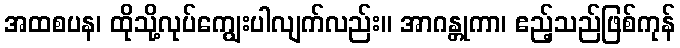
အထစပန၊ ထိုသို့လုပ်ကျွေးပါလျက်လည်း။ အာဂန္တုကာ၊ ဧည့်သည်ဖြစ်ကုန်